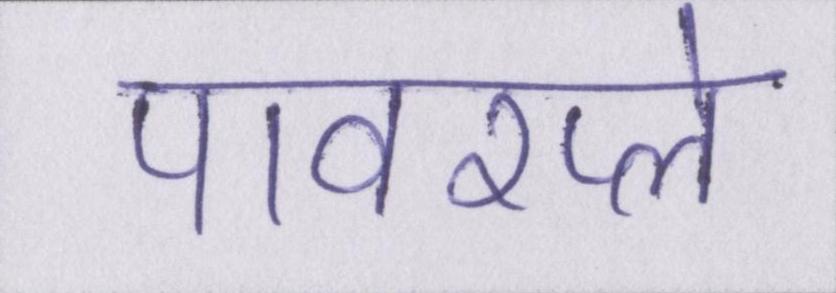
पावरप्ले